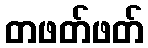
တဖတ်ဖတ်